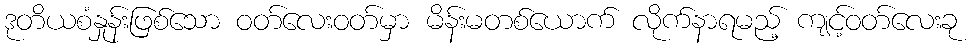
ဒုတိယစံနှုန်းဖြစ်သော ဝတ်လေးဝတ်မှာ မိန်းမတစ်ယောက် လိုက်နာရမည့် ကျင့်ဝတ်လေးခု